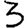
Digit: 3